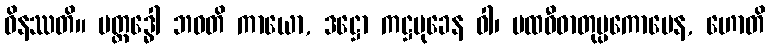
ဝိနဿတိ။ ပတ္ထဒ္ဓေါ ဘဝတိ ကာယော, ဒဋ္ဌော ကဋ္ဌမုခေန ဝါ၊ ပထဝီဓာတုပ္ပကောပေန, ဟောတိ